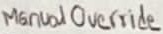
Text: Manual Override